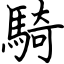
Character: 騎